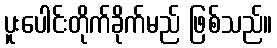
ပူးပေါင်းတိုက်ခိုက်မည် ဖြစ်သည်။